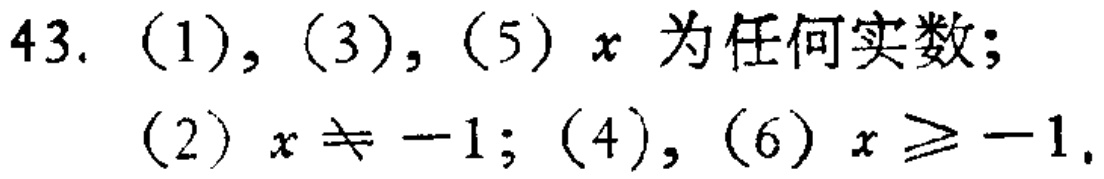
43. (1), (3), (5) \(x\) 为任何实数;

(2) \(x\neq - 1\); (4), (6) \(x\geq - 1\).